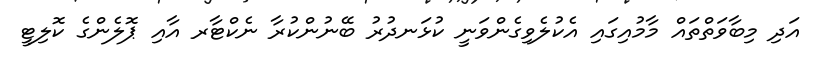
އަދި މިބާވަތްތައް މާމުއިގައި އެކުލެވިގެންވަނީ ކުޅަނދުރު ބޭނުންކުރާ ނެކްޓާރ އާއި ޕޮލެންގެ ކޮލިޓީ